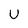
Character: U